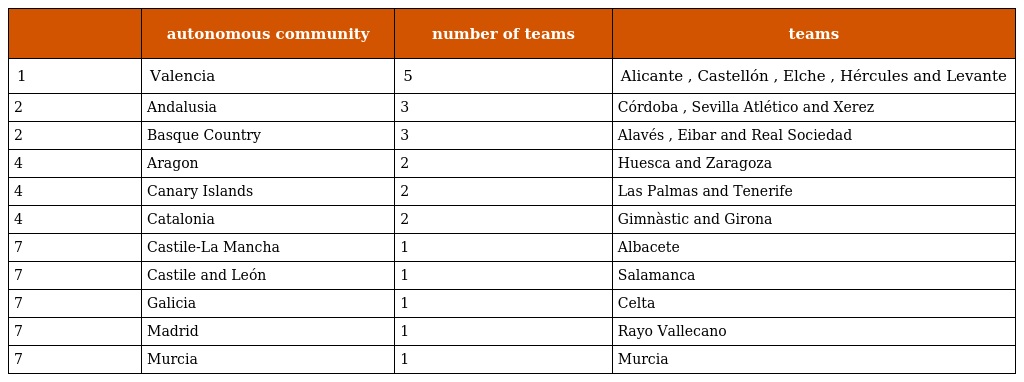
|  | autonomous community | number of teams | teams |
 | --- | --- | --- | --- |
 | 1 | Valencia | 5 | Alicante , Castellón , Elche , Hércules and Levante |
 | 2 | Andalusia | 3 | Córdoba , Sevilla Atlético and Xerez |
 | 2 | Basque Country | 3 | Alavés , Eibar and Real Sociedad |
 | 4 | Aragon | 2 | Huesca and Zaragoza |
 | 4 | Canary Islands | 2 | Las Palmas and Tenerife |
 | 4 | Catalonia | 2 | Gimnàstic and Girona |
 | 7 | Castile-La Mancha | 1 | Albacete |
 | 7 | Castile and León | 1 | Salamanca |
 | 7 | Galicia | 1 | Celta |
 | 7 | Madrid | 1 | Rayo Vallecano |
 | 7 | Murcia | 1 | Murcia |